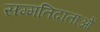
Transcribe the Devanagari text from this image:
सम्मतिदाताओं